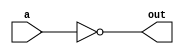
module not_gate(
    input a,
    output out
);

    assign out = ~a;
endmodule